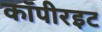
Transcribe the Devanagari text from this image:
कॉपीरइट